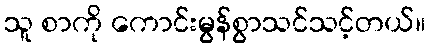
သူ စာကို ကောင်းမွန်စွာသင်သင့်တယ်။